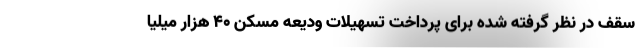
سقف در نظر گرفته شده برای پرداخت تسهیلات ودیعه مسکن ۴۰ هزار میلیا